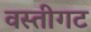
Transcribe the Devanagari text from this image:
वस्तीगट